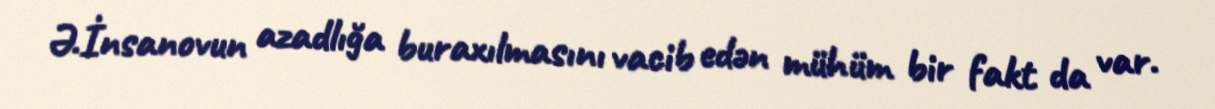
Ə.İnsanovun azadlığa buraxılmasını vacib edən mühüm bir fakt da var.